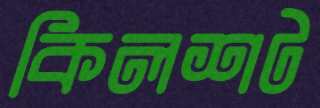
কিলশট